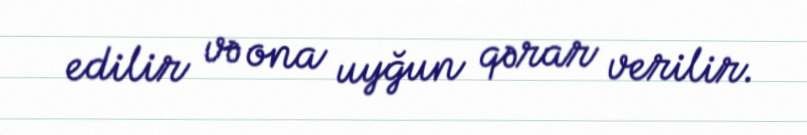
edilir və ona uyğun qərar verilir.